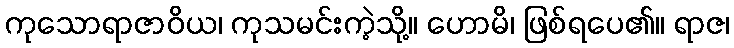
ကုသောရာဇာဝိယ၊ ကုသမင်းကဲ့သို့။ ဟောမိ၊ ဖြစ်ရပေ၏။ ရာဇ၊